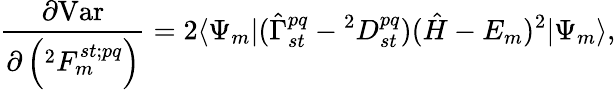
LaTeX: \frac{\partial\mathrm{Var}}{\partial\left(^{2}F_{m}^{st;pq}\right)}=2\langle{\Psi_{m}}|({\hat{\Gamma}}_{st}^{pq}-{}^{2}D_{st}^{pq})({\hat{H}}-E_{m})^{2}|{\Psi_{m}}\rangle,